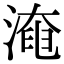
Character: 𣼜